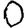
Digit: 0